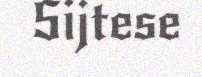
Sijtese